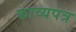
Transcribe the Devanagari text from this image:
काव्यपत्र